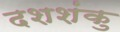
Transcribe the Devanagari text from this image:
दशशंकु